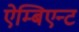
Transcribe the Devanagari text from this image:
ऐम्बिएन्ट